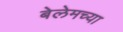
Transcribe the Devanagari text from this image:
बेलेमच्या